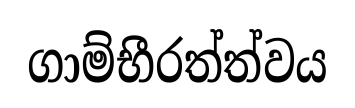
ගාම්භීරත්ත්වය